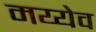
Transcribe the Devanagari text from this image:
मय्येव